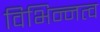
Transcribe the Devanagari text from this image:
विभिन्नत्व